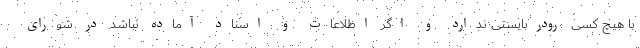
با هیچ کسی رودربایستی ندارد و اگر اطلاعات و اسناد آماده نباشد در شورای